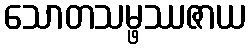
သောတသမ္ဖဿဇာယ